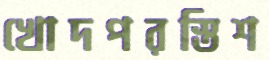
খোদপরস্তিশ